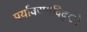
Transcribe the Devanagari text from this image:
पर्यावरणविद्ो